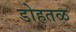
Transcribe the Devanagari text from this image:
डोहतळ